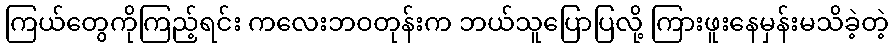
ကြယ်တွေကိုကြည့်ရင်း ကလေးဘဝတုန်းက ဘယ်သူပြောပြလို့ ကြားဖူးနေမှန်းမသိခဲ့တဲ့